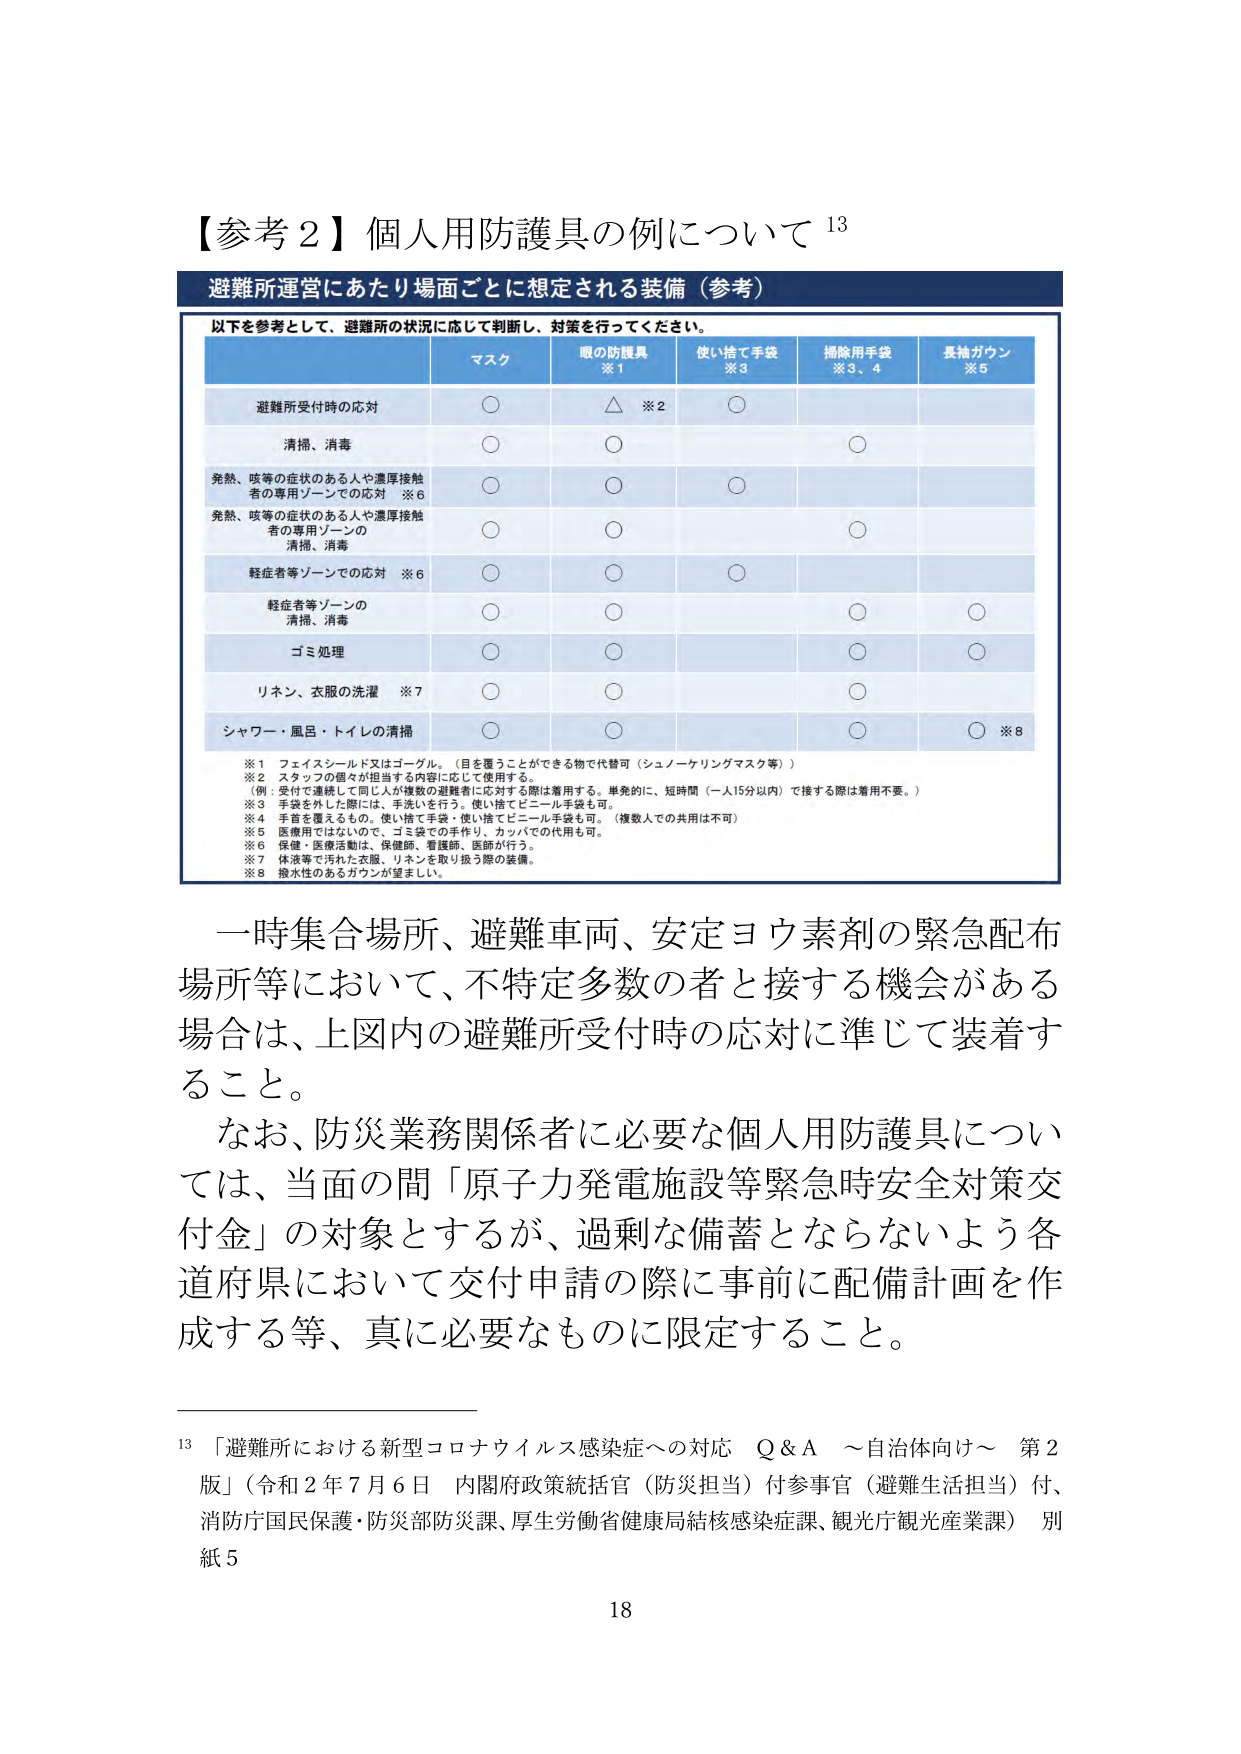
【参考２】個人用防護具の例について 13

避難所運営にあたり場面ごとに想定される装備（参考）

以下を参考として、避難所の状況に応じて判断し、対策を行ってください。

マスク 眼の防護具 ※1 使い捨て手袋 ※3 掃除用手袋 ※3、4 長袖ガウン ※5

避難所受付時の応対 ○ △ ※2 ○

清掃、消毒 ○ ○ ○

発熱、咳等の症状のある人や濃厚接触者の専用ゾーンでの対応 ※6 ○ ○ ○

発熱、咳等の症状のある人や濃厚接触者の専用ゾーンの清掃、消毒 ○ ○ ○

軽症者等ゾーンでの対応 ※6 ○ ○ ○

軽症者等ゾーンの清掃、消毒 ○ ○ ○ ○

ゴミ処理 ○ ○ ○ ○

リネン、衣服の洗濯 ※7 ○ ○ ○

シャワー・風呂・トイレの清掃 ○ ○ ○ ○ ※8

※1 フェイスシールド又はゴーグル。（目を覆うことができる物で代替可（シュノーケリングマスク等））
※2 スタッフの個々が担当する内容に応じて使用する。
（例：受付で連続して同じ人が複数の避難者に応対する際は着用する。単発的に、短時間（一人15分以内）で接する際は着用不要。）
※3 手袋を外した際には、手洗いを行う。使い捨てビニール手袋も可。
※4 手首を覆えるもの。使い捨て手袋・使い捨てビニール手袋も可。（複数人での共用は不可）
※5 医療用ではないので、ゴミ袋での手作り、カッパでの代用も可。
※6 保健・医療活動は、保健師、看護師、医師が行う。
※7 体液等で汚れた衣服、リネンを取り扱う際の装備。
※8 撥水性のあるガウンが望ましい。

一時集合場所、避難車両、安定ヨウ素剤の緊急配布場所等において、不特定多数の者と接する機会がある場合は、上図内の避難所受付時の応対に準じて装着すること。

なお、防災業務関係者に必要な個人用防護具については、当面の間「原子力発電施設等緊急時安全対策交付金」の対象とするが、過剰な備蓄とならないよう各道府県において交付申請の際に事前に配備計画を作成する等、真に必要なものに限定すること。

13 「避難所における新型コロナウイルス感染症への対応 Q＆A ～自治体向け～ 第2版」（令和2年7月6日 内閣府政策統括官（防災担当）付参事官（避難生活担当）付、消防庁国民保護・防災部防災課、厚生労働省健康局結核感染症課、観光庁観光産業課） 別紙5

18